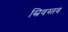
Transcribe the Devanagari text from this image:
स्रिवस्तव